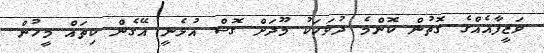
ވަޒީފާއެއްގެ ގޮތުން ކޮންމެ ދުވަހަކު މޫދަށް ގޮސް އުޅެނީ އޭގެން ކިތައް މީހުން